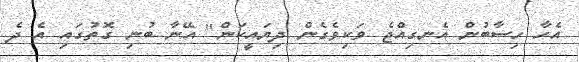
އެހާ ހިސާބުން އެނގިއްޖެ ވަކިވެގެން ދިޔައީކަން" އޭނާ ބުނި ގޮތުގައި އެ ދެ